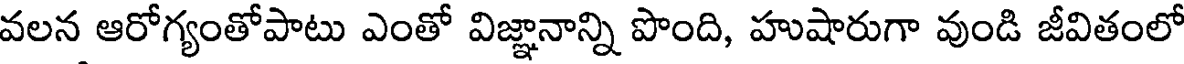
వలన ఆరోగ్యంతోపాటు ఎంతో విజ్ఞానాన్ని పొంది, హుషారుగా వుండి జీవితంలో